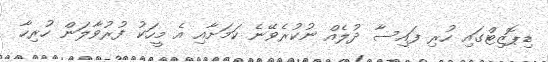
ޑިޕޮޒިޓްގައި ހުރި ފައިސާ ދުލެއް ނުކުރެވޭނެ ކަަމަށާއި އެ މީހަކު ފުރުވާލަން ހުރިހާ